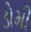
ડોમી